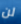
لن